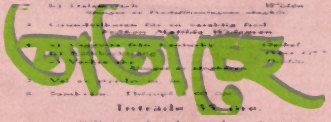
তাতাচ্ছে